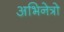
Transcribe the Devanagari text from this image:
अभिनेत्रो